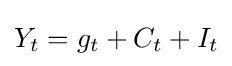
Y_{t}=g_{t}+C_{t}+I_{t}